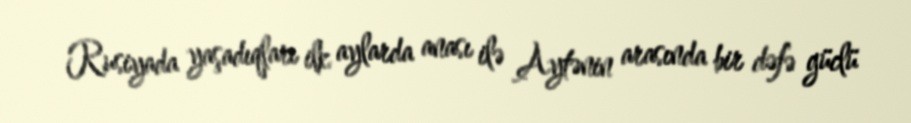
Rusiyada yaşadıqları ilk aylarda anası ilə Aytənin arasında bir dəfə güclü